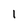
Character: 1